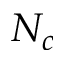
N _ { c }